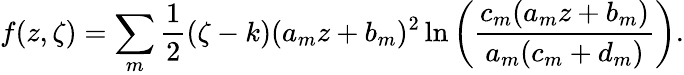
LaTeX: f(z,\zeta)=\sum_{m}\frac{1}{2}(\zeta-k)(a_{m}z+b_{m})^{2}\ln\left(\frac{c_{m}(a_{m}z+b_{m})}{a_{m}(c_{m}+d_{m})}\right).